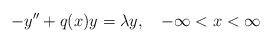
LaTeX: \begin{align*}-y^{\prime\prime}+q(x)y=\lambda y,\quad-\infty<x<\infty\end{align*}